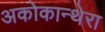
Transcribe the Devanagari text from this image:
अकोकान्थेरा